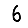
Digit: 6